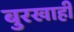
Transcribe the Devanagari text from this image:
बुरखाही